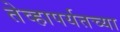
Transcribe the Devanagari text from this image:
तेव्हापर्यतच्या